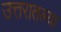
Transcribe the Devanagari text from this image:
उत्तरातल्या